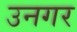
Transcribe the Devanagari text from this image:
उनगर